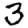
Digit: 3